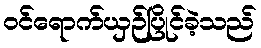
ဝင်ရောက်ယှဉ်ပြိုင်ခဲ့သည်